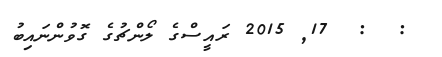
:  :  17